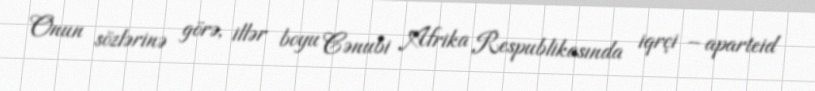
Onun sözlərinə görə, illər boyu Cənubi Afrika Respublikasında iqrçi – aparteid